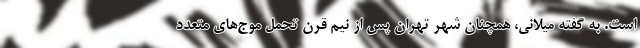
است. به گفته میلانی، همچنان شهر تهران پس از نیم قرن تحمل موج‌های متعدد